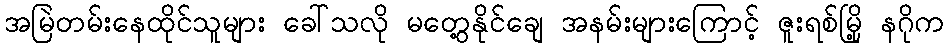
အမြဲတမ်းနေထိုင်သူများ ခေါ်သလို မတွေ့နိုင်ချေ အနမ်းများကြောင့် ဇူးရစ်မြို့ နဂိုက